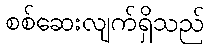
စစ်ဆေးလျက်ရှိသည်